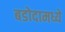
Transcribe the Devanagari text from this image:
बडोदामध्ये